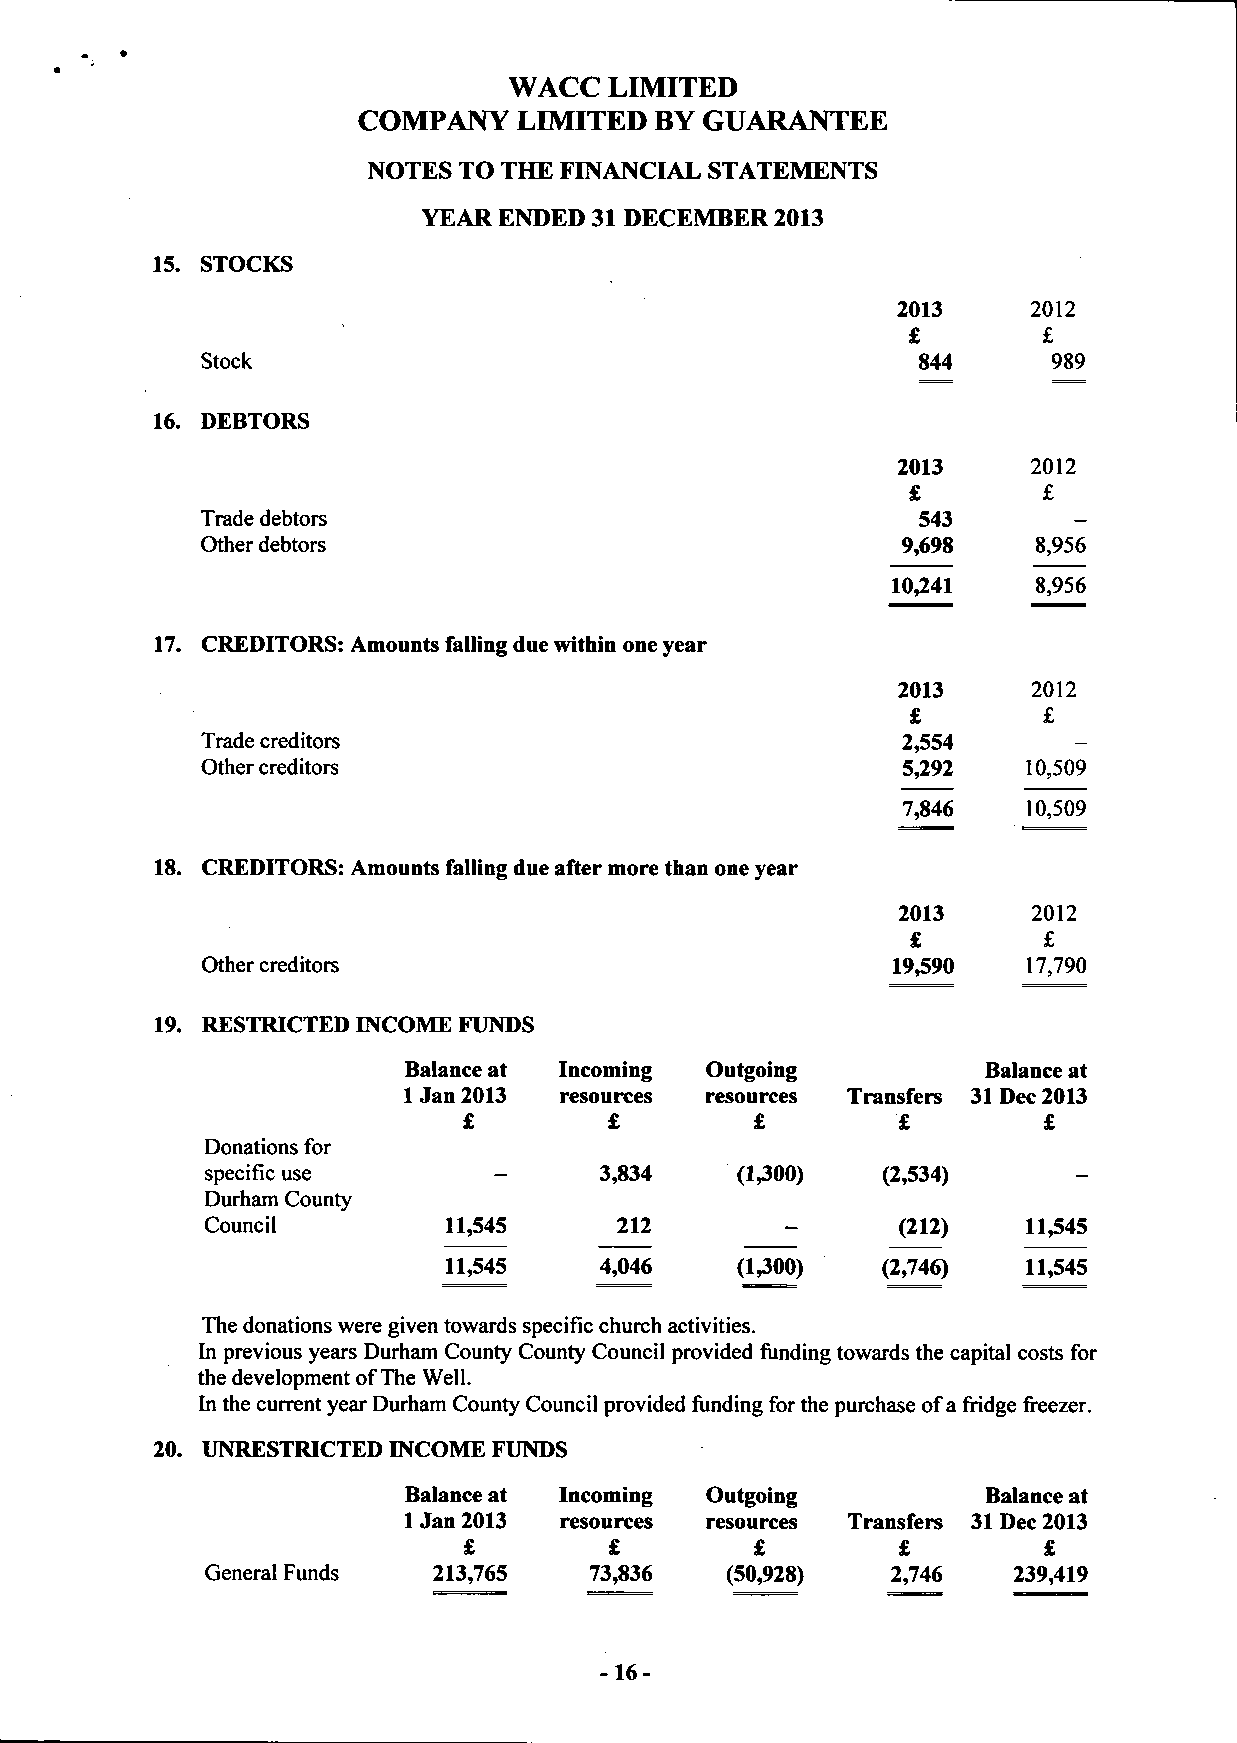
WACC  LIMITED
 COMPANY   LIMITED  BY GUARANTEE
 NOTES TO THE FINANCIAL STATEMENTS
 YEAR ENDED 31 DECEMBER 2013
 15. STOCKS
 2013     2012
 £        £
 Stock                                           844      989
 16. DEBTORS
 2013     2012
 £        £
 Trade debtors                                   543
 Other debtors                                  9,698    8,956
 10,241    8,956
 17. CREDITORS: Amounts falling due within one year
 2013     2012
 £        £
 Trade creditors                                2,554
 Other creditors                                5,292   10,509
 7,846   10,509
 18. CREDITORS: Amounts falling due after more than one year
 2013     2012
 £        £
 Other creditors                               19,590   17,790
 19. RESTRICTED INCOME FUNDS
 Balance at Incoming Outgoing          Balance at
 1 Jan 2013 resources resources Transfers 31 Dec 2013
 £        £         £        £         £
 Donations for
 specific use              3,834    (1300)   (2,534)
 Durham County
 Council        11,545      212               (212)    11,545
 11,545     4,046    (1300)   (2,746)   11,545
 The donations were given towards specific church activities.
 In previous years Durham County County Council provided funding towards the capital costs for
 the development of The Well.
 In the current year Durham County Council provided funding for the purchase of a fridge freezer.
 20. UNRESTRICTED INCOME FUNDS
 Balance at Incoming Outgoing          Balance at
 1 Jan 2013 resources resources Transfers 31 Dec 2013
 £        £         £        £         £
 General Funds  213,765   73,836   (50,928)   2,746   239,419
 -16-